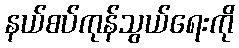
နယ်စပ်ကုန်သွယ်ရေးကို